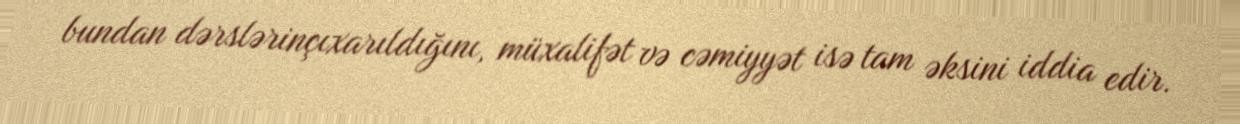
bundan dərslərinçıxarıldığını, müxalifət və cəmiyyət isə tam əksini iddia edir.